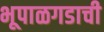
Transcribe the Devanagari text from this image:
भूपाळगडाची